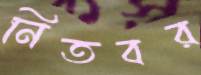
নিতবর